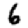
Digit: 6